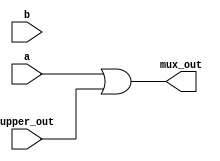
`timescale 1ns / 1ps
//////////////////////////////////////////////////////////////////////////////////
// Company: 
// Engineer: 
// 
// Design Name: 
// Module Name: MUX_2
// Project Name: 
// Target Devices: 
// Tool Versions: 
// Description: 
// 
// Dependencies: 
// 
// Revision:
// Revision 0.01 - File Created
// Additional Comments:
// 
//////////////////////////////////////////////////////////////////////////////////


module MUX_2(
a,b,upper_out,mux_out
    );
    input a,b,upper_out;//abitb1
    output mux_out;
    wire a,b,upper_out;
    wire mux_out;
    assign b=1'b1;
    assign mux_out=(a | upper_out);
endmodule